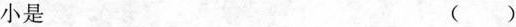
小是 ()